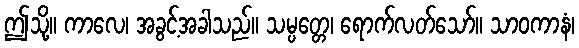
ဤသို့။ ကာလေ၊ အခွင့်အခါသည်။ သမ္ပတ္တေ၊ ရောက်လတ်သော်။ သာဝကာနံ၊